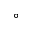
^ \circ